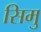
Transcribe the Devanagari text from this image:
सिमु